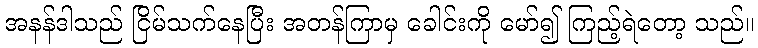
အနန်ဒါသည် ငြိမ်သက်နေပြီး အတန်ကြာမှ ခေါင်းကို မော်၍ ကြည့်ရဲတော့ သည်။